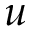
u